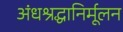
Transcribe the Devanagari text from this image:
अंधश्रद्धानिर्मूलन